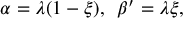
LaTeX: \alpha = \lambda ( 1 - \xi ) , \, \, \, \beta ^ { \prime } = \lambda \xi ,